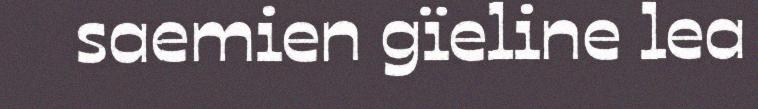
saemien gïeline lea